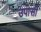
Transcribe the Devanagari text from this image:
उपासी